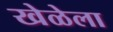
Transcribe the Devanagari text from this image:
खेळेला